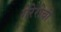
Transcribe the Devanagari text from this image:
गेरेरोची